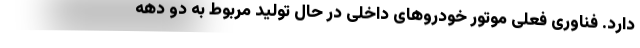
دارد. فناوری فعلی موتور خودروهای داخلی در حال تولید مربوط به دو دهه